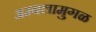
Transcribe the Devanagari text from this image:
अम्बलामुगळ